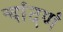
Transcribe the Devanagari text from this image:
चांदणं